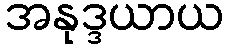
အနုဒ္ဒယာယ